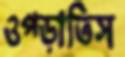
ওপ্‌ড়াতিস